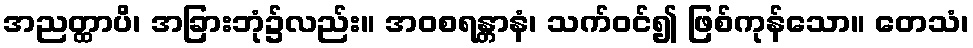
အညတ္ထာပိ၊ အခြားဘုံ၌လည်း။ အဝစရန္တာနံ၊ သက်ဝင်၍ ဖြစ်ကုန်သော။ တေသံ၊